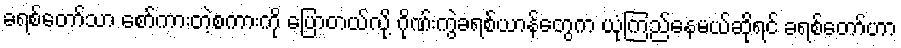
ခရစ်တော်သာ စော်ကားတဲ့စကားကို ပြောတယ်လို့ ဂိုဏ်းကွဲခရစ်ယာန်တွေက ယုံကြည်နေမယ်ဆိုရင် ခရစ်တော်ဟာ